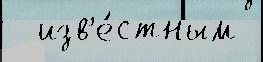
  изв'е́стным